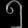
Digit: ၅